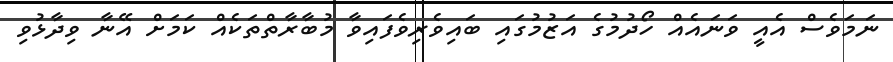
ނަމަވެސް އެއީ ވަނައެއް ހޯދުމުގެ އަޒުމުގައި ބައިވެރިވެފައިވާ މުބާރާތްތަކެއް ކަމަށް އޭނާ ވިދާޅުވި